Account of plague administration in the Bombay Presidency from September 1896 till May 1897
Year: 1896
Disease focus: Plague
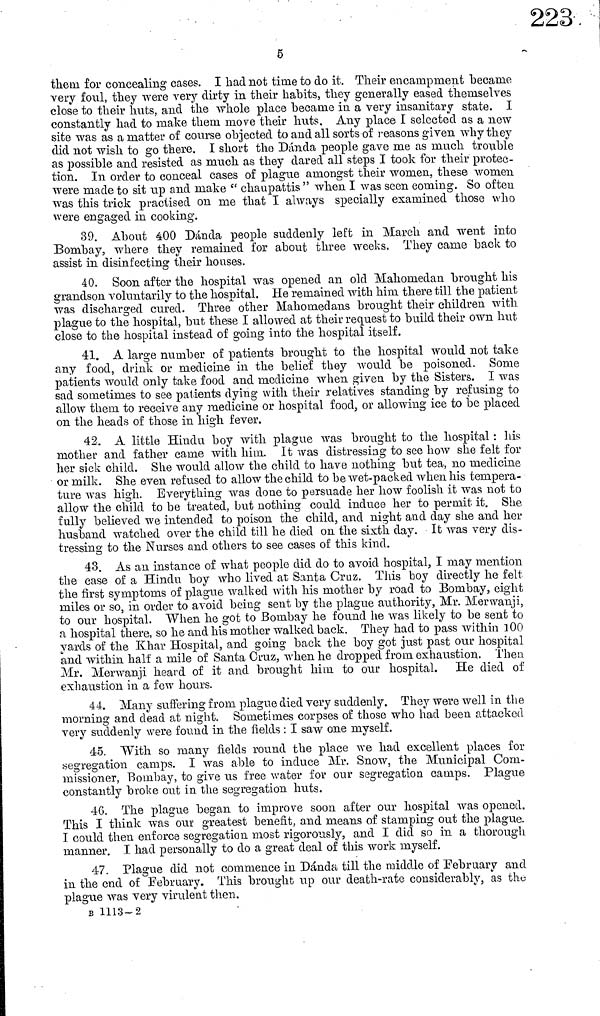
5
them for concealing cases. I had not time fco do it. Their encampment "became
very foul, they were very dirty in their habits, they generally eased themselves
close to their huts, and the whole place became in a very insanitary state. I
constantly had to make them move their huts. Any place I selected as a new
site was as a matter of course objected to and all sorts of reasons given why they
did not wish to go there. I short the Dánda people gave me as much trouble
as possible and resisted as much as they dared all steps I took for their protec-
tion. In order to conceal cases of plague amongst their women, these women
were made to sit up and make " chaupattis " when I was seen coming. So often
was this trick practised on me that I always specially examined those who
were engaged in cooking.
39. About 400 Danda people suddenly left in March and went into
Bombay, where they remained for about three weeks. They came back to
assist in disinfecting their houses.
40. Soon after the hospital was opened an old Mahomedan brought his
grandson voluntarily to the hospital. He remained with him there till the patient
was discharged cured. Three other Mahomed ans brought their children with
plague to the hospital, but these I allowed at their request to build their own hut
close to the hospital instead of going into the hospital itself.
41. A large number of patients brought to the hospital would not take
any food, drink or medicine in the belief they would be poisoned. Some
patients would only take food and medicine when given by the Sisters. I was
sad sometimes to see patients dying with their relatives standing by refusing to
allow them to receive any medicine or hospital food, or allowing ice to be placed
on the heads of those in high fever.
42. A little Hindu boy with plague was brought to the hospital : his
mother and father came with him. It was distressing to see how she felt for
her sick child. She would allow the child to have nothing but tea, no medicine
or milk. She even refused to allow the child to be wet-packed when his tempera-
ture was high. Everything was done to persuade her how foolish it was not to
allow the child to be treated, but nothing could induce her to permit it. She
fully believed we intended to poison the child, and night and day she and her
husband watched over the child till he died on the sixth day. It was very dis-
tressing to the Nurses and others to see cases of this kind.
O
43. As an instance of what people did do to avoid hospital, I may mention
the case of a Hindu boy who lived at Santa Cruz. This boy directly he felt,
the first symptoms of plague walked with his mother by road to Bombay, eight
miles or so, in order to avoid being sent by the plague authority, Mr. Merwanji,
to our hospital. When he got to Bombay he found he was likely to be sent to
a hospital there, so he and his mother walked back. They had to pass within 100
yards of the Khar Hospital, and going back the boy got just past our hospital
and within half a mile of Santa Cruz, when he dropped from exhaustion. Then
Mr. Merwanji heard of it and brought him to our hospital. He died of
exhaustion in a few hours.
44. Many suffering from plague died very suddenly. They were well in the
morning and dead at night. Sometimes corpses of those who had been attacked
very suddenly were found in the fields : I saw one myself.
45. "With so many fields round the place we had excellent places for
segregation camps. I was able to induce Mr. Snow, the Municipal Com-
missioner, Bombay, to give us free water for our segregation camps. Plague
constantly broke out in the segregation huts.
4G. The plague began to improve soon after our hospital was opened.
This I think was our greatest benefit, and means of stamping out the plague.
I could then enforce segregation most rigorously, and I did so in a thorough
manner. I had personally to do a great deal of this work myself.
47. Plague did not commence in Dánda till the middle of February and
in the end of February. This brought up our death-rate considerably, as the
plague was very virulent then.
B 1113-2